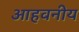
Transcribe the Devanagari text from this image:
आहवनीय